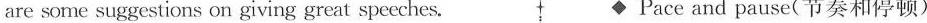
are some suggestions on giving great speeches. ◆Pace and pause(节奏和停顿)